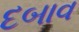
દબાવ